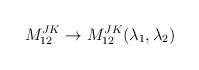
LaTeX: \begin{align*}M^{JK}_{12} \rightarrow M^{JK}_{12}(\lambda_1,\lambda_2)\end{align*}